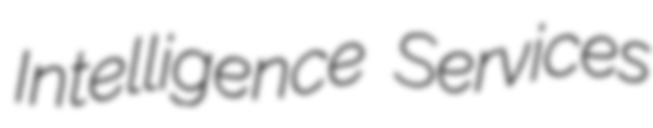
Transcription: Intelligence Services